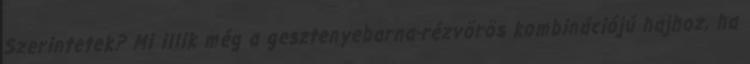
Szerintetek? Mi illik még a gesztenyebarna-rézvörös kombinációjú hajhoz, ha